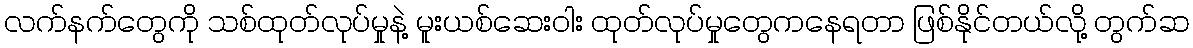
လက်နက်တွေကို သစ်ထုတ်လုပ်မှုနဲ့ မူးယစ်ဆေးဝါး ထုတ်လုပ်မှုတွေကနေရတာ ဖြစ်နိုင်တယ်လို့ တွက်ဆ